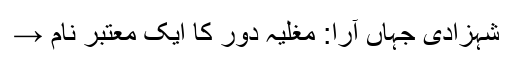
شہزادی جہاں آرا: مغلیہ دور کا ایک معتبر نام →